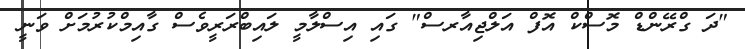
"ދަ ގްރޭންޑް މޮސްކް އޮފް އަލްޖިއާރސް" ގައި އިސްލާމީ ލައިބްރަރީވެސް ގާއިމްކުރުމަށް ވަނީ